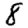
Digit: 8